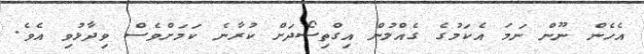
އެހެން ނޫން ނަމަ އެކަމުގެ ގެއްލުން އިގްތިސޯދަށް ކުރާނެ ކަމަށްވެސް ވިދާޅުވި އެވެ.